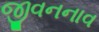
જીવનનાવ